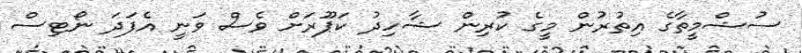
ސުޝްމީތާގެ އިތުރުން މީގެ ކުރިން ޝާހިދު ކަޕޫރަށް ވެސް ވަނީ އެފަދަ ނޯޓިސް